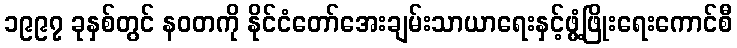
၁၉၉၇ ခုနှစ်တွင် နဝတကို နိုင်ငံတော်အေးချမ်းသာယာရေးနှင့်ဖွံ့ဖြိုးရေးကောင်စီ